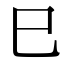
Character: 巳